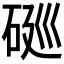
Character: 𱳺